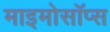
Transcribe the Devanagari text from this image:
माइमोसॉप्स